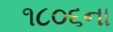
૧૮૦૬ના